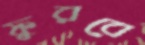
ফুরবে